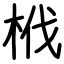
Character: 栰